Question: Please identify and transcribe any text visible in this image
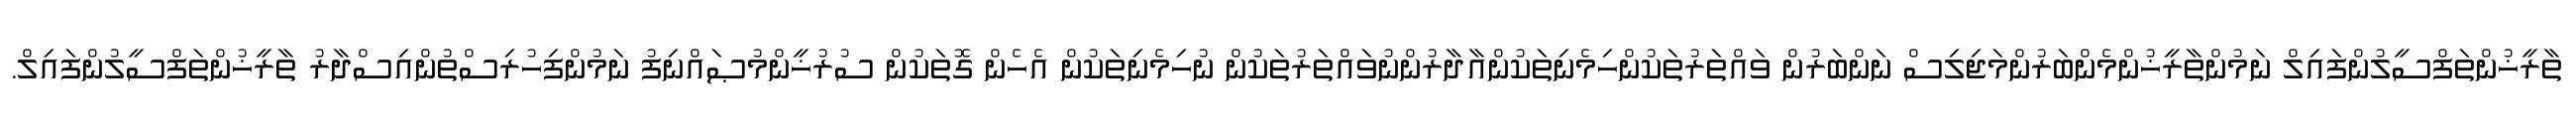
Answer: ތާރީޚުންތަފްސީލުންފައިލް ނަމުންތާރީޚުންމެންބަރުންމަޖިލިސް ނަންބަރުން ވައްތަރުތަކުންހިމެނިތަކުންއާދާރުންނުވައްތަރުތަކުން ނުހިމެނިތަކުން އެހެން ގޮތަކުން ސުރުޚީންމުޞައްނިފު ނަމުންފިހުރިސްތުންއިސްދާރު ތާރީޚުންތަފްސީލުންފައިލް.